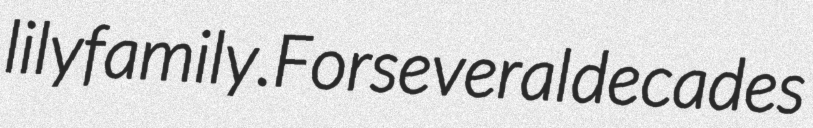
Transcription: lily family.For several decades